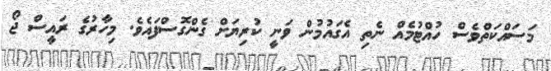
މަސައްކަތްވެސް ހުއްޓުމެއް ނެތި އެގައުމުން ވަނީ ކުރިޔަށް ގެންގޮސްފައެވެ. މިހާރުގެ ރައީސް ޖޯ